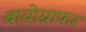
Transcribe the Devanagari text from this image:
बायोग्राफर